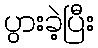
ပွားခဲ့ပြီး